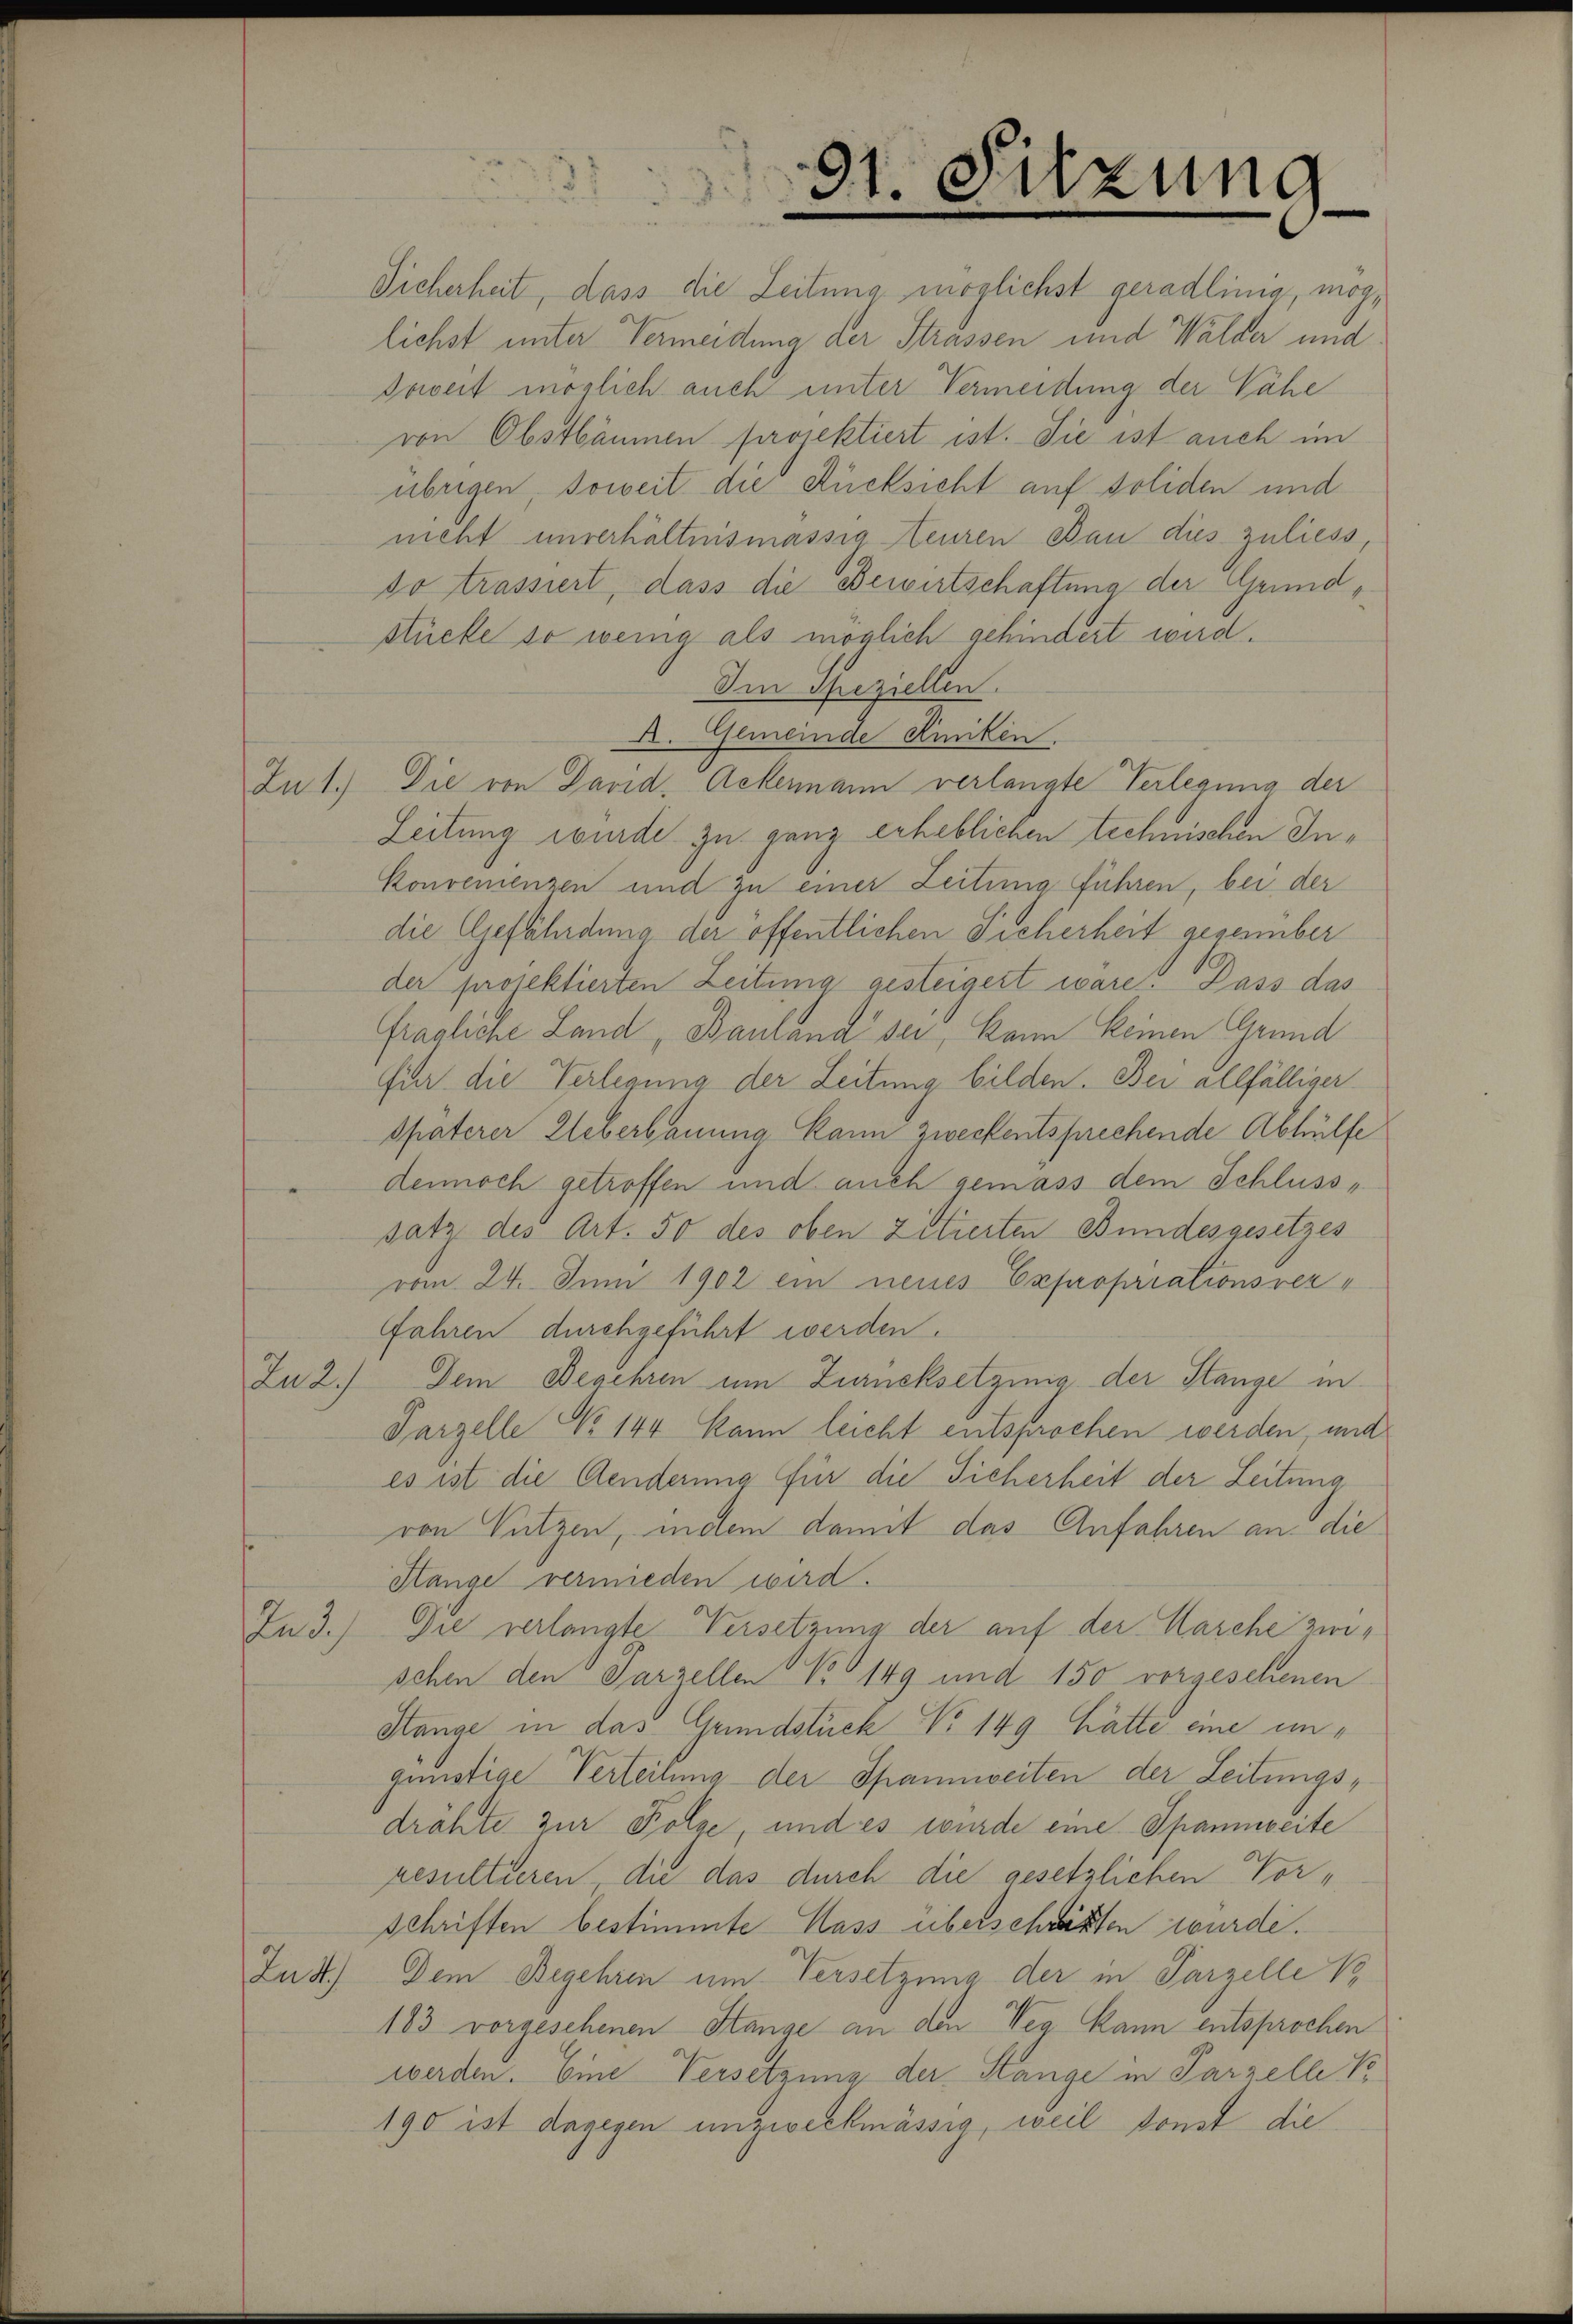
Sicherheit, dass die Leitung möglichst geradling, möglichst unter Vermeidung der Strassen und Walder und
Soweit möglich auch unter Vermeidung der Nähe
von Obstbäumen projektiert ist. Sie ist auch im
übrigen soweit die Rücksicht auf soliden und
nicht unverhältnismässig euren Bau dies zuliess
do trassiert, dass die Bewirtschaftung der Grundstücke so wenig als möglich gehindert wird.
Im Speziellen.
A. Gemeinde Kinken.
Lu 1.) Die von David, Ackermann verlangte Verlegung der
Zeitung wurde zu ganz erheblichen technischen Inkonvenienzen und zu einer Zeitung führen, bei der
die Gefährdung der öffentlichen Sicherheit geseember
der projektierten Zeitung gesteigert wäre. Dass das
fragliche Land Bauland sei, kann keinen Grund
für die Verlegung der Leitung bilden. Bei allfälliger
Späterer Ueberbauung kann zweckentsprechende Abhülfe
dennoch getroffen und auch gemass dem Schlusssatz des Art. 50 des oben zitierten Bundesgesetzes
vom 24. Juni 1902 ein neues Expropriationsver¬
Jahren durchgeführt werden.
Zu 2.) Dem Begehren um Zurücksetzenig der Stange in
Parzelle No 144 kann leicht entsprochen werden, und
es ist die Aenderung für die Sicherheit der Leitung
von Nutzen, indem damit das Anfahren an die
Stange vermieden wird.
In 3.) Die verlangte Versetzung der auf der Marche zwischen den Parzellen No 149 und 150 vorgesehenen
Hange in das Grundstück No 149 hätte eine ungünstige Verteilung der Spannweiten der Leitungsdrähte zur Folge, und es wurde eine Spannweite
resultieren, die das durch die gesetzlichen Vorschriften bestimmte Mass überschritten wurde.
Zu St.) Dem Begehren um Versetzung der in Parzelle V
183 vorgesehenen Stange an den Weg kann entsprochen
werden. Eine Versetzung der Stange in Parzelle V
190 ist dagegen unzweckmässig, weil sonst die

91. Sitzung
e